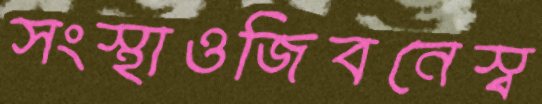
সংস্থাওজিবনেস্ব